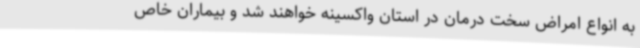
به انواع امراض سخت درمان در استان واکسینه خواهند شد و بیماران خاص